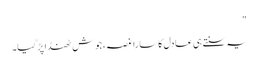
"
یہ سنتے ہی عادل کا سارا غصہ، جوش ٹھنڈا پڑ گیا۔